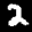
Label: 2